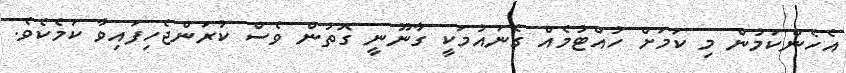
އެހެންކަމުން މި ކަމަށް ހުއްޓުމެއް ގެނައުމަކީ ގާނޫނީ ގޮތުން ވެސް ކުރަންޖެހިފައިވާ ކަމެކެވެ.